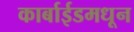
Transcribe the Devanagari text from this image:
कार्बाईडमधून